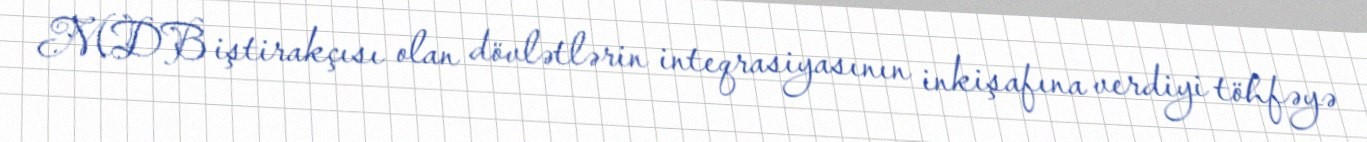
MDB iştirakçısı olan dövlətlərin inteqrasiyasının inkişafına verdiyi töhfəyə